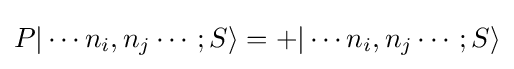
P|\cdots n_{i},n_{j}\cdots ;S\rangle =+|\cdots n_{i},n_{j}\cdots ;S\rangle